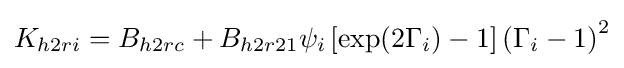
K_{h2ri}=B_{h2rc}+B_{h2r21}\psi _{i}\left[\exp(2\Gamma _{i})-1\right]\left(\Gamma _{i}-1\right)^{2}